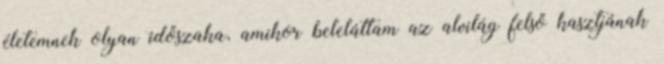
életemnek olyan időszaka, amikor beleláttam az alvilág felső kasztjának